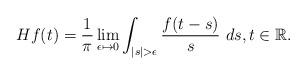
LaTeX: \begin{align*}Hf(t) = \frac{1}{\pi} \lim_{\epsilon \mapsto 0} \int_{|s| > \epsilon} \frac{f(t-s)}{s} \ ds, t \in \mathbb{R}.\end{align*}